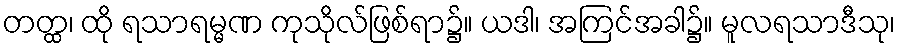
တတ္ထ၊ ထို ရသာရမ္မဏ ကုသိုလ်ဖြစ်ရာ၌။ ယဒါ၊ အကြင်အခါ၌။ မူလရသာဒီသု၊